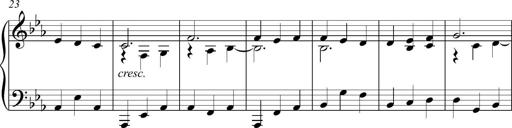
Title: Piano Sonatina in C
Composer: Daniel LÃ©o Simpson
Key: C major